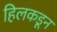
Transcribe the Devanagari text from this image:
हिलकडून